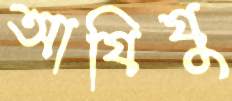
আযিযু